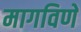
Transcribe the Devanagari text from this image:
मागविणे